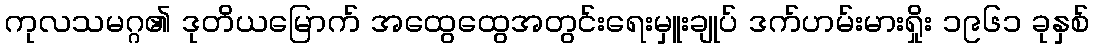
ကုလသမဂ္ဂ၏ ဒုတိယမြောက် အထွေထွေအတွင်းရေးမှူးချုပ် ဒက်ဟမ်းမားရှိုး ၁၉၆၁ ခုနှစ်